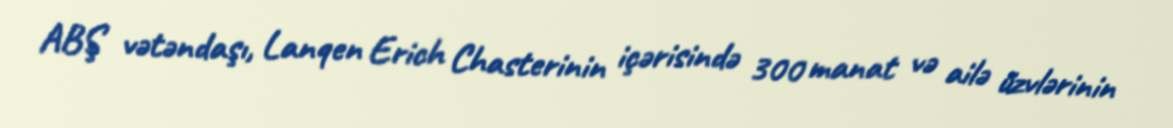
ABŞ vətəndaşı, Lanqen Erich Chasterinin içərisində 300 manat və ailə üzvlərinin